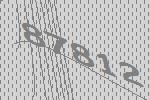
87812